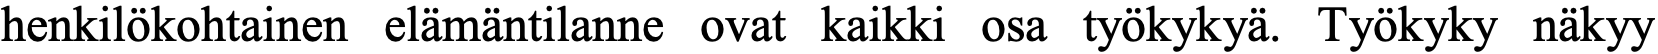
henkilökohtainen elämäntilanne ovat kaikki osa työkykyä. Työkyky näkyy